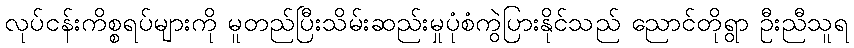
လုပ်ငန်းကိစ္စရပ်များကို မူတည်ပြီးသိမ်းဆည်းမှုပုံစံကွဲပြားနိုင်သည် ညောင်တိုရွာ ဦးညီသူရ